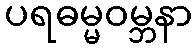
ပရဓမ္မဝမ္ဘနာ